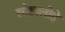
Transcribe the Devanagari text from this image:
लोहालोहे